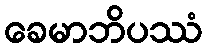
ခေမာဘိပဿံ